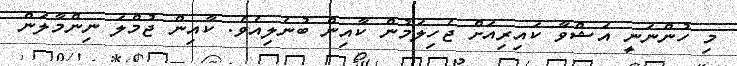
މި ހުންނަނީ އަޝްވާ ކައިރިއަށް ޖެހިލަމުން ކާއިން ބުނެލިއެވެ. ކާއިން ޖުމްލަ ނިންމާލަން